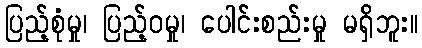
ပြည့်စုံမှု၊ ပြည့်ဝမှု၊ ပေါင်းစည်းမှု မရှိဘူး။